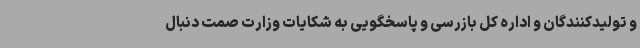
و تولیدکنندگان و اداره کل بازرسی و پاسخگویی به شکایات وزارت صمت دنبال